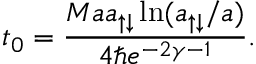
t _ { 0 } = \frac { M a a _ { \uparrow \downarrow } \ln ( a _ { \uparrow \downarrow } / a ) } { 4 \hbar e ^ { - 2 \gamma - 1 } } .